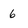
Character: 6